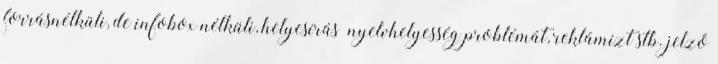
forrásnélküli, de infobox nélküli, helyesírás nyelvhelyesség problémát, reklámízt stb. jelző